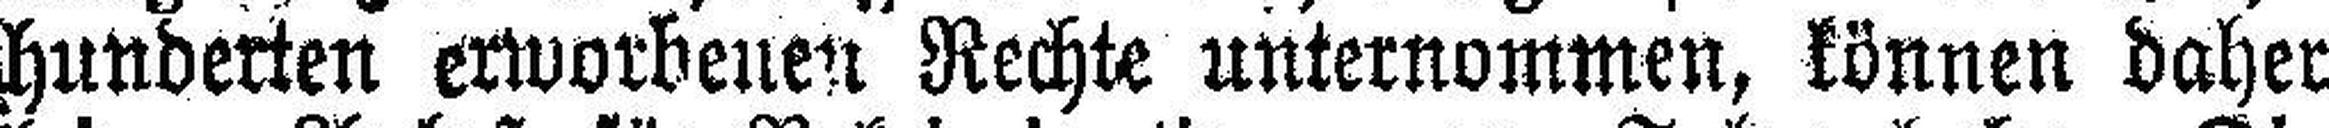
hunderten erworbenen Rechte unternommen, können daher